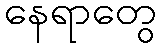
နေရာတွေ